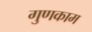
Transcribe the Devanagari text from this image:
गुणकाम